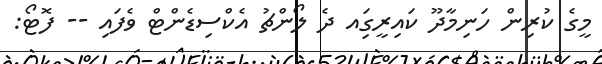
މީގެ ކުރިން ހަނިމާދޫ ކައިރީގަިއ ދެ ލޯންޗު އެކްސިޑެންޓް ވެފައި -- ފޮޓޯ: